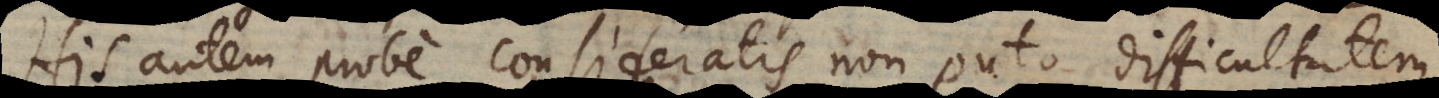
His autem probe consideratis non puto difficulta